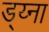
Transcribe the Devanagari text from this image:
ड्य्ना